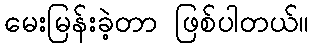
မေးမြန်းခဲ့တာ ဖြစ်ပါတယ်။